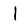
Digit: 1